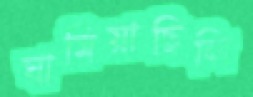
ঘামিয়াছিলি